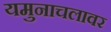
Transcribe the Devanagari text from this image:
यमुनाचलावर